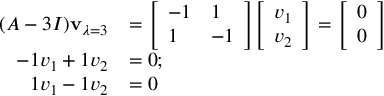
{ \begin{array} { r l } { ( A - 3 I ) \mathbf { v } _ { \lambda = 3 } } & { = { \left[ \begin{array} { l l } { - 1 } & { 1 } \\ { 1 } & { - 1 } \end{array} \right] } { \left[ \begin{array} { l } { v _ { 1 } } \\ { v _ { 2 } } \end{array} \right] } = { \left[ \begin{array} { l } { 0 } \\ { 0 } \end{array} \right] } } \\ { - 1 v _ { 1 } + 1 v _ { 2 } } & { = 0 ; } \\ { 1 v _ { 1 } - 1 v _ { 2 } } & { = 0 } \end{array} }